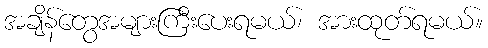
အချိန်တွေအများကြီးပေးရမယ်၊ အားထုတ်ရမယ်။